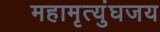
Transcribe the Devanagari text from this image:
महामृत्युंघजय